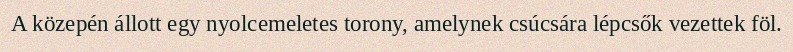
A közepén állott egy nyolcemeletes torony, amelynek csúcsára lépcsők vezettek föl.